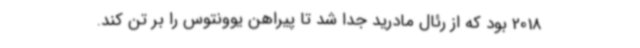
2018 بود که از رئال مادرید جدا شد تا پیراهن یوونتوس را بر تن کند.